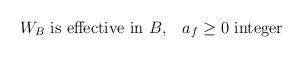
LaTeX: \begin{align*}W_{B} \mbox{ is effective in $B$,} \quad a_{f}\geq0 \mbox{ integer } \end{align*}